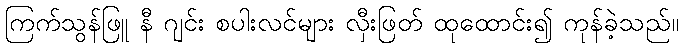
ကြက်သွန်ဖြူ နီ ဂျင်း စပါးလင်များ လှီးဖြတ် ထုထောင်း၍ ကုန်ခဲ့သည်။